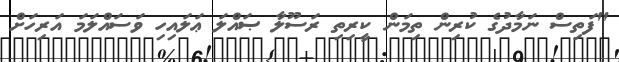
"ފަތިސް ނަމާދުގެ ކުރިން ތިމަން ކީރިތި ރަސޫލާ ޞައްލަ ޢަލައިހި ވަސައްލަމަ އަރިހަށް